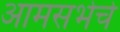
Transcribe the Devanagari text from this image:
आमसभेचे